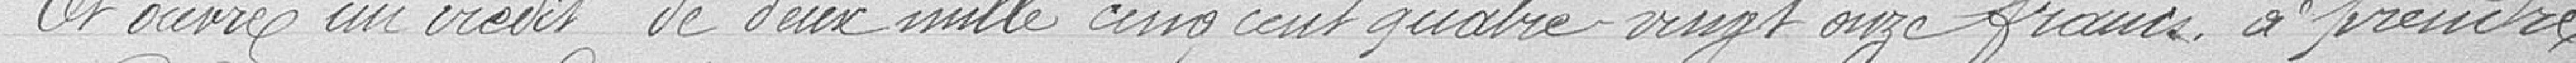
Et ouvre au crédit de deux mille cinq cent quatre vingt onze francs à prendre